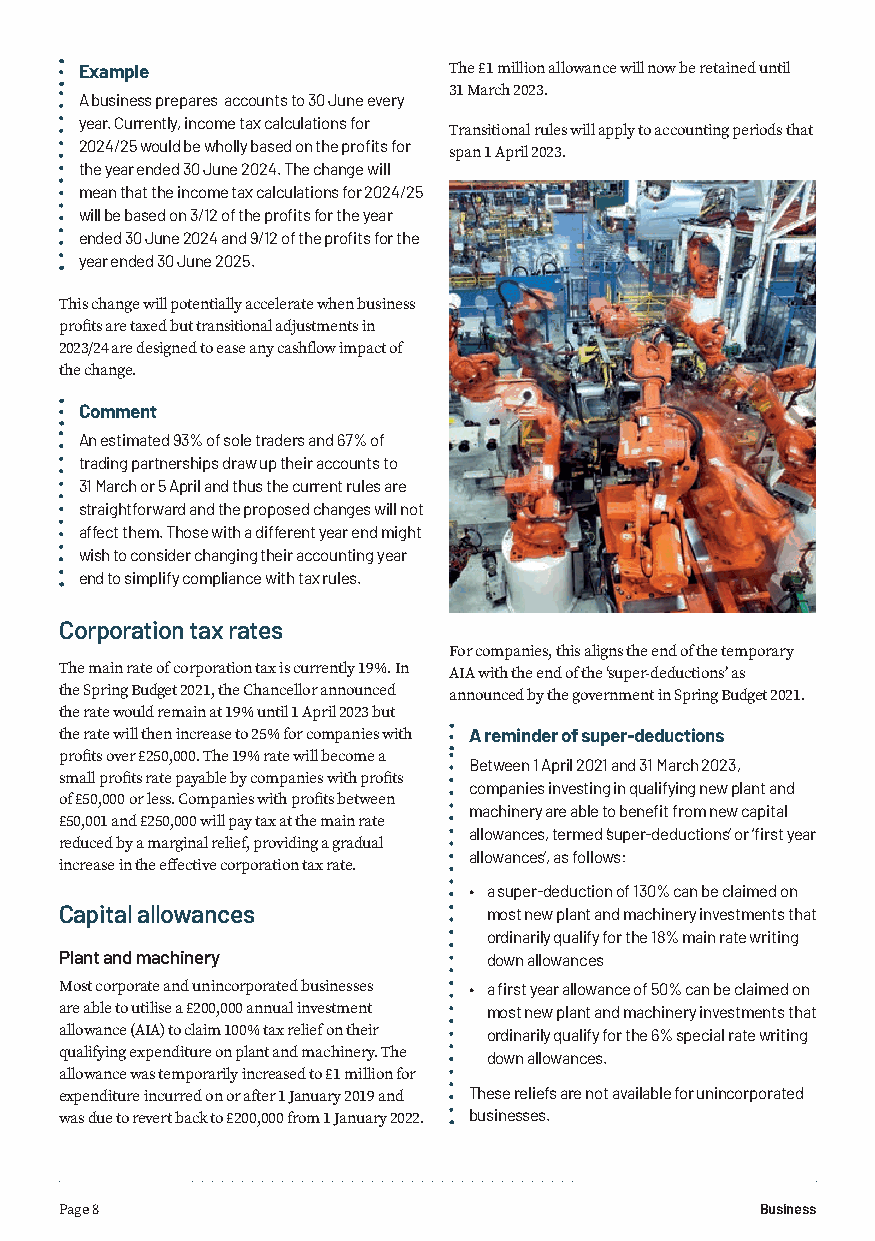
Example                  The £1 million allowance will now be retained until
 31 March 2023.
 A business prepares accounts to 30 June every
 year. Currently, income tax calculations for
 Transitional rules will apply to accounting periods that
 2024/25 would be wholly based on the profits for
 span 1 April 2023.
 the year ended 30 June 2024. The change will
 mean that the income tax calculations for 2024/25
 will be based on 3/12 of the profits for the year
 ended 30 June 2024 and 9/12 of the profits for the
 year ended 30 June 2025.
 This change will potentially accelerate when business
 profits are taxed but transitional adjustments in
 2023/24 are designed to ease any cashflow impact of
 the change.
 Comment
 An estimated 93% of sole traders and 67% of
 trading partnerships draw up their accounts to
 31 March or 5 April and thus the current rules are
 straightforward and the proposed changes will not
 affect them. Those with a different year end might
 wish to consider changing their accounting year
 end to simplify compliance with tax rules.
 Corporation tax rates
 For companies, this aligns the end of the temporary
 The main rate of corporation tax is currently 19%. In AIA with the end of the ‘super-deductions’ as
 the Spring Budget 2021, the Chancellor announced announced by the government in Spring Budget 2021.
 the rate would remain at 19% until 1 April 2023 but
 the rate will then increase to 25% for companies with A reminder of super-deductions
 profits over £250,000. The 19% rate will become a
 Between 1 April 2021 and 31 March 2023,
 small profits rate payable by companies with profits
 companies investing in qualifying new plant and
 of £50,000 or less. Companies with profits between
 machinery are able to benefit from new capital
 £50,001 and £250,000 will pay tax at the main rate
 allowances, termed ‘super-deductions’ or ‘first year
 reduced by a marginal relief, providing a gradual
 allowances’, as follows:
 increase in the effective corporation tax rate.
 • a super-deduction of 130% can be claimed on
 Capital allowances          most new plant and machinery investments that
 ordinarily qualify for the 18% main rate writing
 Plant and machinery         down allowances
 Most corporate and unincorporated businesses • a first year allowance of 50% can be claimed on
 are able to utilise a £200,000 annual investment most new plant and machinery investments that
 allowance (AIA) to claim 100% tax relief on their ordinarily qualify for the 6% special rate writing
 qualifying expenditure on plant and machinery. The down allowances.
 allowance was temporarily increased to £1 million for
 expenditure incurred on or after 1 January 2019 and These reliefs are not available for unincorporated
 was due to revert back to £200,000 from 1 January 2022. businesses.
 Page 8                                        Business